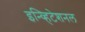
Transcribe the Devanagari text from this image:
इन्व्हिटेशनल